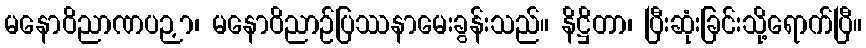
မနောဝိညာဏပဉှာ၊ မနောဝိညာဉ်ပြဿနာမေးခွန်းသည်။ နိဋ္ဌိတာ၊ ပြီးဆုံးခြင်းသို့ရောက်ပြီ။